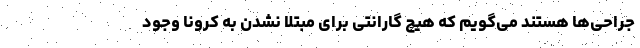
جراحی‌ها هستند می‌گویم که هیچ گارانتی برای مبتلا نشدن به کرونا وجود